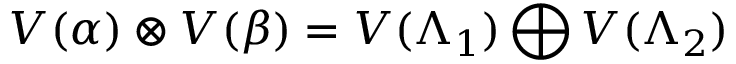
V ( \alpha ) \otimes V ( \beta ) = V ( \Lambda _ { 1 } ) \bigoplus V ( \Lambda _ { 2 } )